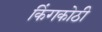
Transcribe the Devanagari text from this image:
किंगकोठी